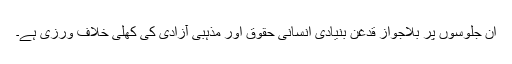
ان جلوسوں پر بلاجواز قدغن بنیادی انسانی حقوق اور مذہبی آزادی کی کھلی خلاف ورزی ہے۔